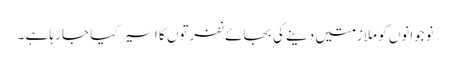
نوجوانوں کو ملازمتیں دینے کی بجائے نفرتوں کا اسیر کیا جا رہا ہے ۔